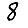
Digit: 8